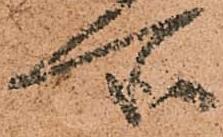
所